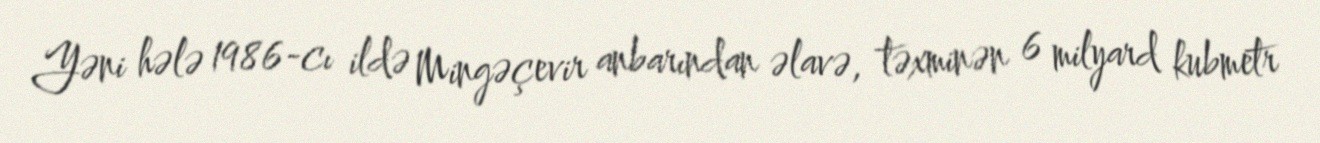
Yəni hələ 1986-cı ildə Mingəçevir anbarından əlavə, təxminən 6 milyard kubmetr